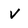
Character: v